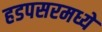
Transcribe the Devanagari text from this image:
हडपसरमध्ये